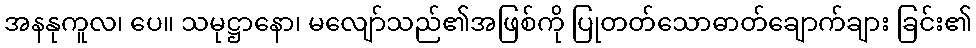
အနနုကူလ၊ ပေ။ သမုဋ္ဌာနော၊ မလျော်သည်၏အဖြစ်ကို ပြုတတ်သောဓာတ်ချောက်ချား ခြင်း၏